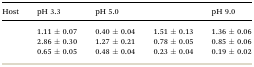
<table><thead><tr><td><b>Host</b></td><td><b>pH 3.3</b></td><td><b>pH 5.0</b></td><td>[EMPTY_CELL]</td><td><b>pH 9.0</b></td></tr></thead><tbody><tr><td>[EMPTY_CELL]</td><td>1.11 ± 0.07</td><td>0.40 ± 0.04</td><td>1.51 ± 0.13</td><td>1.36 ± 0.06</td></tr><tr><td>[EMPTY_CELL]</td><td>2.86 ± 0.30</td><td>1.27 ± 0.21</td><td>0.78 ± 0.05</td><td>0.85 ± 0.06</td></tr><tr><td>[EMPTY_CELL]</td><td>0.65 ± 0.05</td><td>0.48 ± 0.04</td><td>0.23 ± 0.04</td><td>0.19 ± 0.02</td></tr></tbody></table>